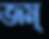
জম্